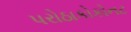
પરોઠાકોકોનટ